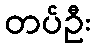
တပ်ဦး